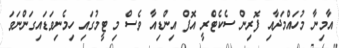
އާމިނާ މުހައްމަދާއި ފޮރިން ސެކެޓްރީ އޮފް އިންޑިއާ ވެސް މި ޓީމުގައި ހިމެނިވަޑައިގަންނަވަ